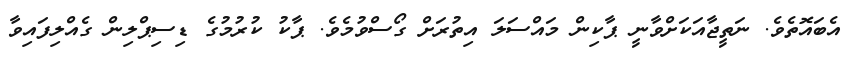
އެބައޮތެވެ. ނަތީޖާއަކަށްވާނީ ޕާކިން މައްސަލަ އިތުރަށް ގޯސްވުމެވެ. ޕާކު ކުރުމުގެ ޑިސިޕްލިން ގެއްލިފައިވާ